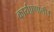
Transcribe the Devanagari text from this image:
कार्यप्रणाली।